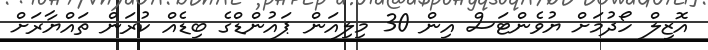
އޮޒިލް ހޯދުމަށް ޔުވެންޓަސް އިން 30 މިލިއަން ޕައުންޑްގެ ބިޑެއް ކުރަން ތައްޔާރަށް